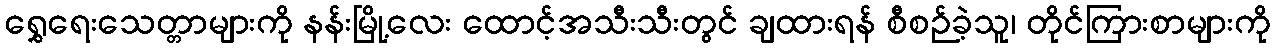
ရွှေရေးသေတ္တာများကို နန်းမြို့လေး ထောင့်အသီးသီးတွင် ချထားရန် စီစဉ်ခဲ့သူ၊ တိုင်ကြားစာများကို